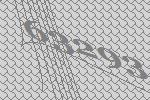
63293